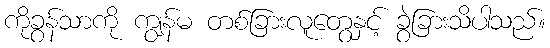
ကိုခွန်သာကို ကျွန်မ တစ်ခြားလူတွေနှင့် ခွဲခြားသိပါသည်။